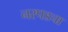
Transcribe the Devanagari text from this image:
नरपडचा